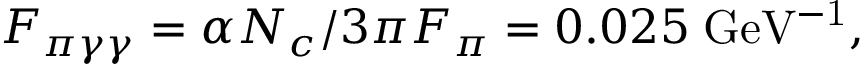
F _ { \pi \gamma \gamma } = \alpha N _ { c } / 3 \pi F _ { \pi } = 0 . 0 2 5 \; \mathrm { G e V ^ { - 1 } } ,